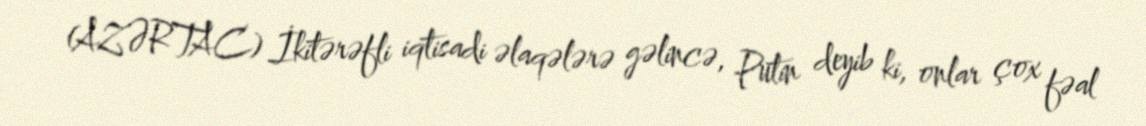
(AZƏRTAC) İkitərəfli iqtisadi əlaqələrə gəlincə, Putin deyib ki, onlar çox fəal